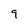
Character: 9